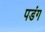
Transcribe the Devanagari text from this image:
पडंग